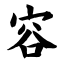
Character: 容